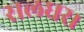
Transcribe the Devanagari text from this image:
सलधर।